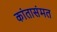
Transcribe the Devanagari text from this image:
कांतासंमत